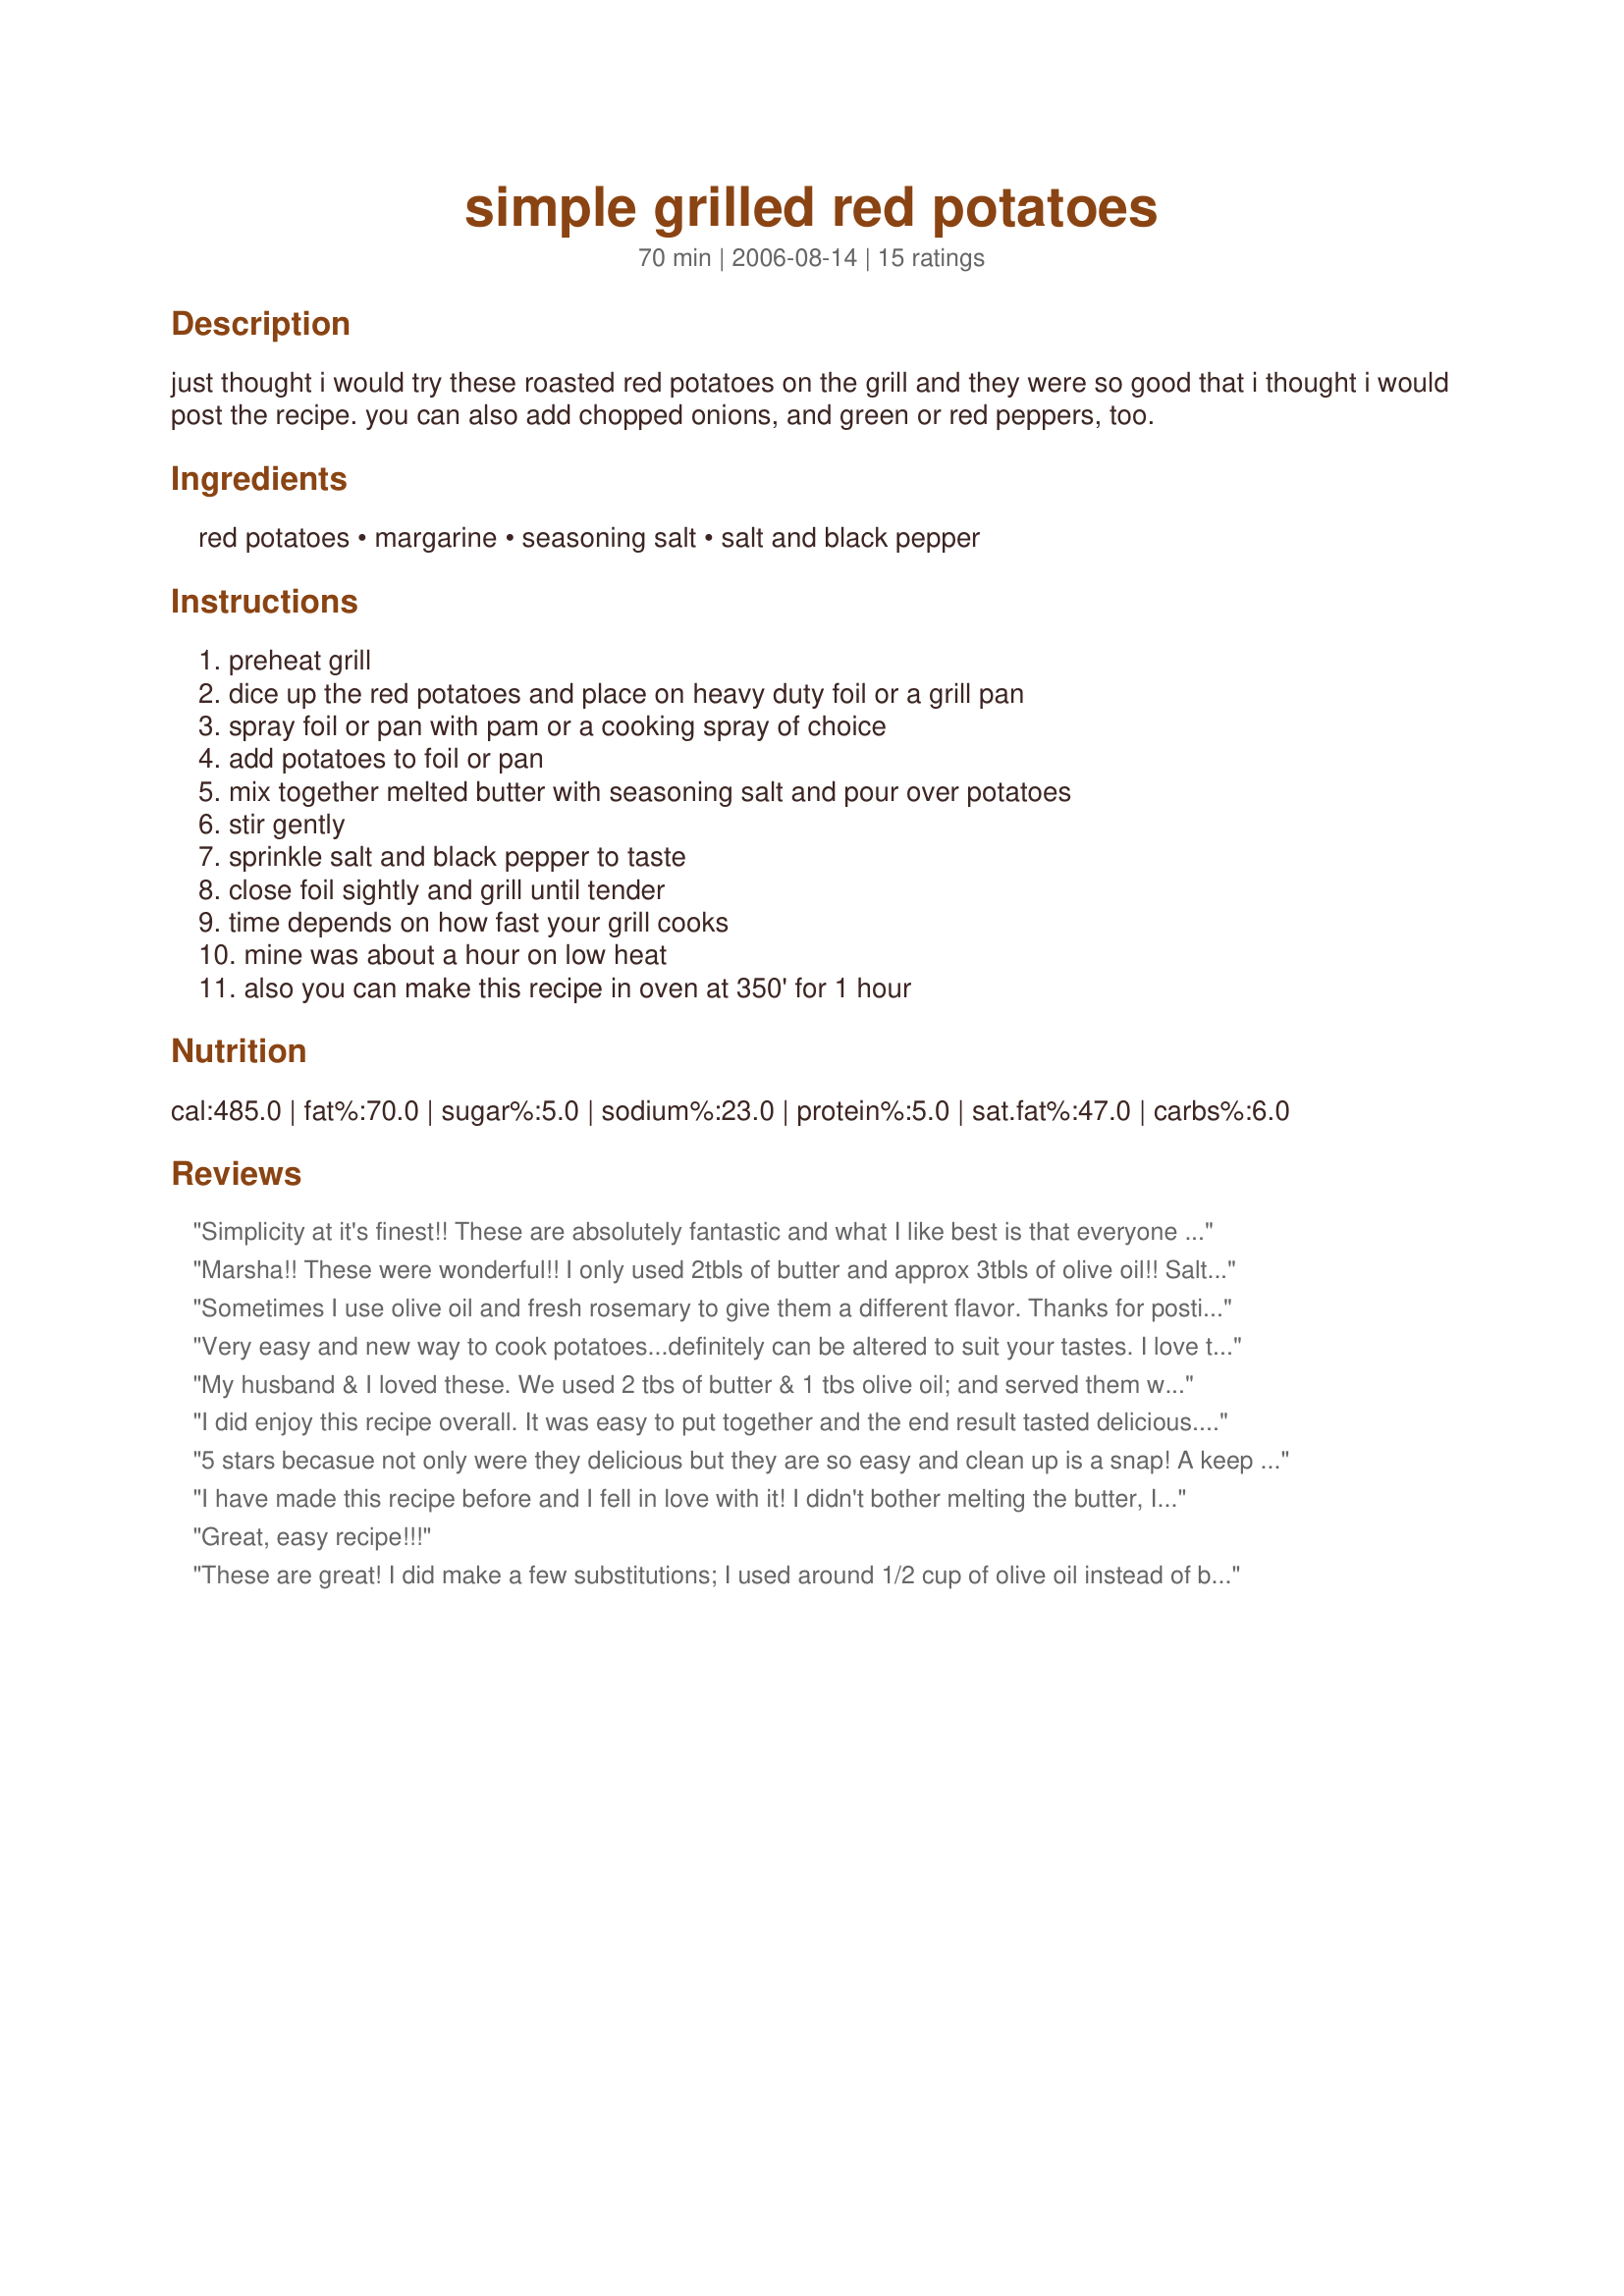
simple grilled red potatoes
Preparation time: 70 minutes

just thought i would try these roasted red potatoes on the grill and they were so good that i thought i would post the recipe. you can also add chopped onions, and green or red peppers, too.

Ingredients:
red potatoes, margarine, seasoning salt, salt and black pepper

Steps:
preheat grill, dice up the red potatoes and place on heavy duty foil or a grill pan, spray foil or pan with pam or a cooking spray of choice, add potatoes to foil or pan, mix together melted butter with seasoning salt and pour over potatoes, stir gently, sprinkle salt and black pepper to taste, close foil sightly and grill until tender, time depends on how fast your grill cooks, mine was about a hour on low heat, also you can make this recipe in oven at 350' for 1 hour

Reviews:
Simplicity at it's finest!! These are absolutely fantastic and what I like best is that everyone you are feeding can now add what they prefer in their foil packets. I made mine with baby red potatoes cut in half and added small chunks of pepper and onion. They came out so soft and with great flavor. Next time I will add a clove of garlic as well with no worry about it burning during cooking. I made these in the oven at 350 degrees for exactly one hour. Thank you so very much for posting this super recipe - it's going into my "WOW" cookbook and will be made often.
Marsha!! These were wonderful!!
I only used 2tbls of butter and approx 3tbls of olive oil!!
Salt, pepper and crushed garlic!!
They took approx 30 minutes to grill too perfection!!
This is such a good recipe to build from...there are so many ingredients that can be added!!!
Next time, we're trying them with peppers and onions!!
Thank you!!
Sometimes I use olive oil and fresh rosemary to give them a different flavor. 

Thanks for posting your recipe!
Very easy and new way to cook potatoes...definitely can be altered to suit your tastes. I love the fact that I didn't have to heat up my oven, too! Thank you!
My husband & I loved these. We used 2 tbs of butter & 1 tbs olive oil; and served them with pork tenderloin. Thank you very much!
I did enjoy this recipe overall. It was easy to put together and the end result tasted delicious. However, I believe about half as much butter would have tasted the same with less waste (there was a huge pool in the bottom of the foil, and I also lost quite a bit when my foil got a hole in it). I ended up using Vege-Sal because I found I was out of traditional seasoning salt. The potatoes were perfectly cooked in just under an hour. I will add this to my cookbook, and will make it again using only 1/2 c. butter.
5 stars becasue not only were they delicious but they are so easy and clean up is a snap! A keep for whenever I grill Steaks or Chicken as a side dish. Thanks!
I have made this recipe before and I fell in love with it! I didn't bother melting the butter, I just scattered chunks of butter over the cut potatoes, sprinkled with Kosher salt, and then added sprigs of fresh rosemary. I wrap the potatoes tightly in the foil so I can flip it over once while it's grilling. This helps the butter spread throughout. It is SO quick and easy and it tastes like restaraunt food!
Great, easy recipe!!!
These are great! I did make a few substitutions; I used around 1/2 cup of olive oil instead of butter, added 1/2 of a large red onion, and some garlic.
I love these potatoes. I did use regular potatoes and kept everything the same,I did add some onion. This recipe is wonderful marsha and I highly recommend it!!
:)
5stars plus
Great recipe...I had really small red potatoes so I skipped dicing them. I added marjoram, minced garlic, salt, a small amount of dill, pepper and fresh parsley. I did 1/2 butter and 1/2 olive oil, as baby e suggested. I found that filpping the foil packet a few times really infused the potatoes with all the herbs. RAVE reviews!! Thank you for a recipe that stands beautifully as is but can be added to just as easily.
Delish. Obviously, you can tweak the flavors to your liking. I used herbed olive oil as a substitute for part of the butter, and added crushed garlic, chili flakes and red onion. To save cooking time, I nuked the diced potatoes for about three minutes until they were slightly tender. They took about half the time on the grill and turned out perfect!
We really liked these. The next time I made them, I used carrots and mushrooms, and when done topped with sour cream, and they were good too. Thanks for posting!!
These were great! I did follow the suggestion of one reviewer and used 2 T butter, 3 T olive oil, crushed garlic and about 30 - 40 minutes on the grill.
